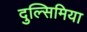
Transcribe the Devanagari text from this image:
दुल्सिमिया